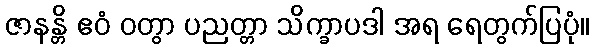
ဇာနန္တိ ဧဝံ ဝတွာ ပညတ္တာ သိက္ခာပဒါ အရ ရေတွက်ပြပုံ။